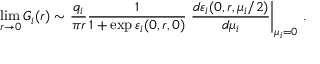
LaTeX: \operatorname * { l i m } _ { r \rightarrow 0 } G _ { i } ( r ) \sim \frac { q _ { i } } { \pi r } \frac { 1 } { 1 + \exp \varepsilon _ { i } ( 0 , r , 0 ) } \left. \frac { d \varepsilon _ { i } ( 0 , r , \mu _ { i } / 2 ) } { d \mu _ { i } } \right\vert _ { \mu _ { i } = 0 } \, .